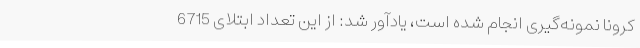
کرونا نمونه‌گیری انجام شده است، یادآور شد: از این تعداد ابتلای 6715